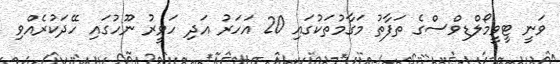
ވަނީ ޓީވީމޯލްޑިވްސްގެ ތަފާތު މަގާމުތަކުގައި 20 އަހަރު އަދި ހަވީރު ނޫހުގައި ހޭދަކުރެއްވި